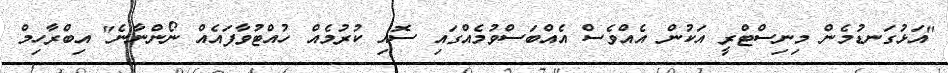
"އަޅުގަނޑުމެން މިނިސްޓްރީ އަކުން އެއްވެސް އެއްބަސްވުމެއްގައި ސޮއި ކުރުމެއް ހުއްޓުވާފައެއް ނޯންނާނެ" އިބްރާހިމް